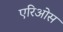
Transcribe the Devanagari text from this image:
एरिओस